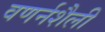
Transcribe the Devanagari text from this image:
वणर्नशैली